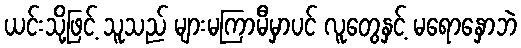
ယင်းသို့ဖြင့် သူသည် များမကြာမီမှာပင် လူတွေနှင့် မရောနှောဘဲ